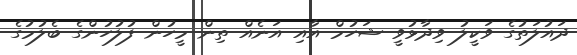
ދައުލަތުގެ ވަކީލު ވިދާޅުވީ ޝަހުމް އާއި އަނެއް ތިން މީހުން ފުލުހުންގެ ބެލުމުގެ